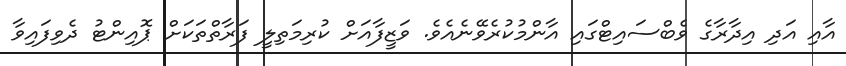
އާއި އަދި އިދާރާގެ ވެބްސައިޓްގައި އާންމުކުރެވޭނެއެވެ. ވަޒީފާއަށް ކުރިމަތިލީ ފަރާތްތަކަށް ޕޮއިންޓު ދެވިފައިވާ